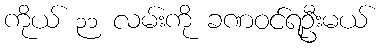
ကိုယ် ၃၁ လမ်းကို ခဏဝင်ရဦးမယ်